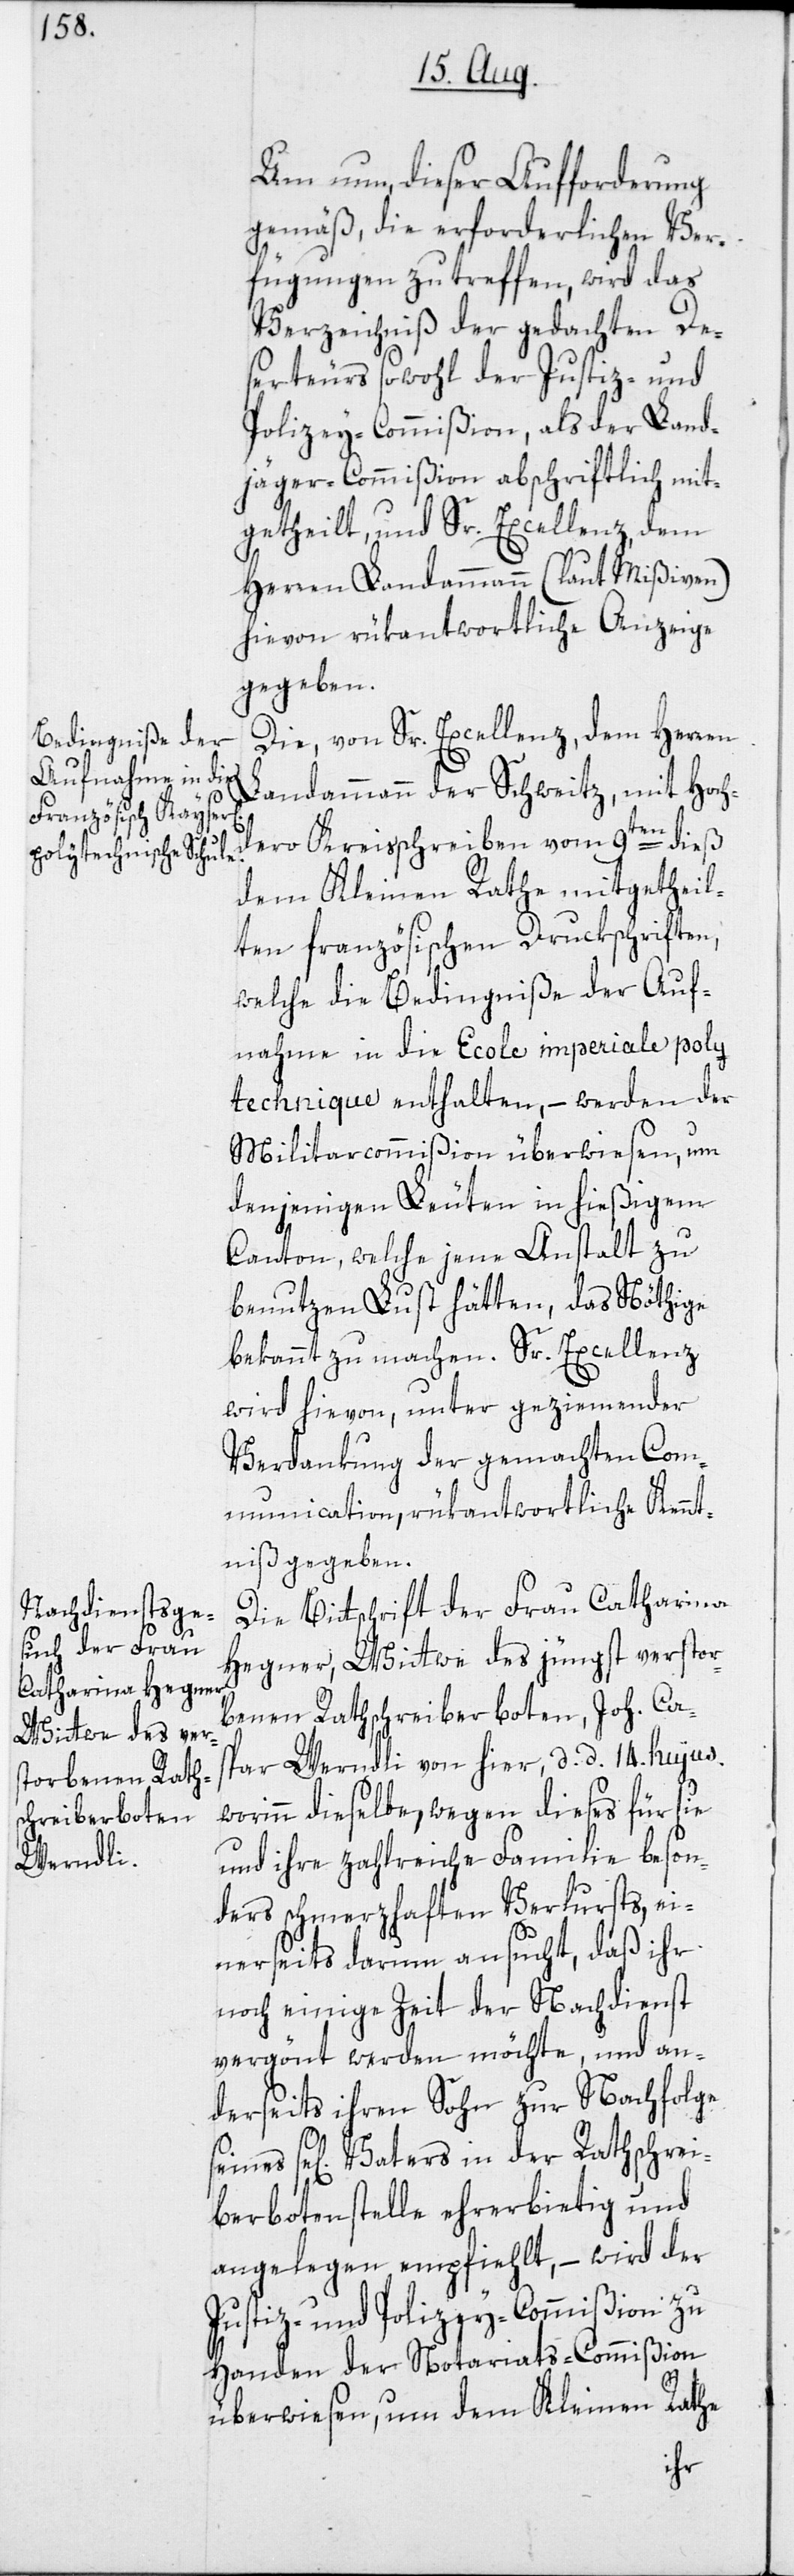
Um nun dieser Aufforderung
gemäß, die erforderlichen Ver¬
fügungen zu treffen, wird das
Verzeichniß der gedachten De¬
serteurs sowohl der Justiz- und
Polizey-Commißion, als der Land¬
jäger-Commißion abschriftlich mit¬
getheilt, und Sr. Excellenz, dem
Herren Landammann (laut Mißiven)
hievon rükantwortliche Anzeige
gegeben.
Die, von Sr. Excellenz, dem Herren
Landammann der Schweitz, mit Hoch¬
dero Kreisschreiben vom 9ten dieß
dem Kleinen Rathe mitgetheil¬
ten französischen Druckschriften,
welche die Bedingniße der Auf¬
nahme in die Ecole imperiale poly¬
technique enthalten, – werden der
Militarcommißion überwiesen, um
denjenigen Leuten in hießigem
Canton, welche jene Anstalt zu
benutzen Lust hätten, das Nöthige
bekannt zu machen. Sr. Excellenz
wird hievon, unter geziemender
Verdankung der gemachten Com¬
munication, rükantwortliche Kennt¬
niß gegeben.
Die Bittschrift der Frau Catharina
Hegner, Wittwe des jüngst verstor¬
benen Rathschreiberboten, Joh. Ca¬
spar Werndli von hier, d. d. 14. hujus,
worinn dieselbe wegen dieses für sie
und ihre zahlreiche Familie beson¬
ders schmerzhaften Verlursts, ei¬
nerseits darum ansucht, daß ihr
noch einige Zeit der Nachdienst
vergönt werden möchte, und an¬
derseits ihren Sohn zur Nachfolge
sel[igen] Vaters in der Rathschrei¬
berbotenstelle ehrerbietig und
angelegen empfiehlt, – wird der
Justiz- und Polizey-Commißion zu
Handen der Notariats-Commißion
überwiesen, um dem Kleinen Rathe